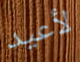
لأعيد